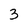
Character: 3